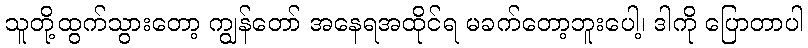
သူတို့ထွက်သွားတော့ ကျွန်တော် အနေရအထိုင်ရ မခက်တော့ဘူးပေါ့၊ ဒါကို ပြောတာပါ